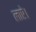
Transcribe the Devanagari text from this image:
लाऐ।